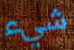
شيء